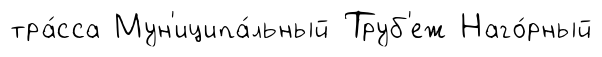
тра́сса Мун'иципа́льный Труб'еж Наго́рный